Problem: 8 × 4 = ?
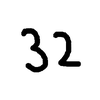
Handwritten answer: 32